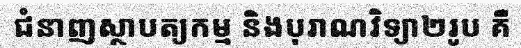
ជំនាញស្ថាបត្យកម្ម និងបុរាណវិទ្យា២រូប គឺ